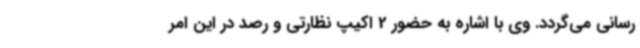
رسانی می‌گردد. وی با اشاره به حضور 2 اکیپ نظارتی و رصد در این امر